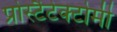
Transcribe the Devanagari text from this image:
प्रोस्टैटेक्टोमी